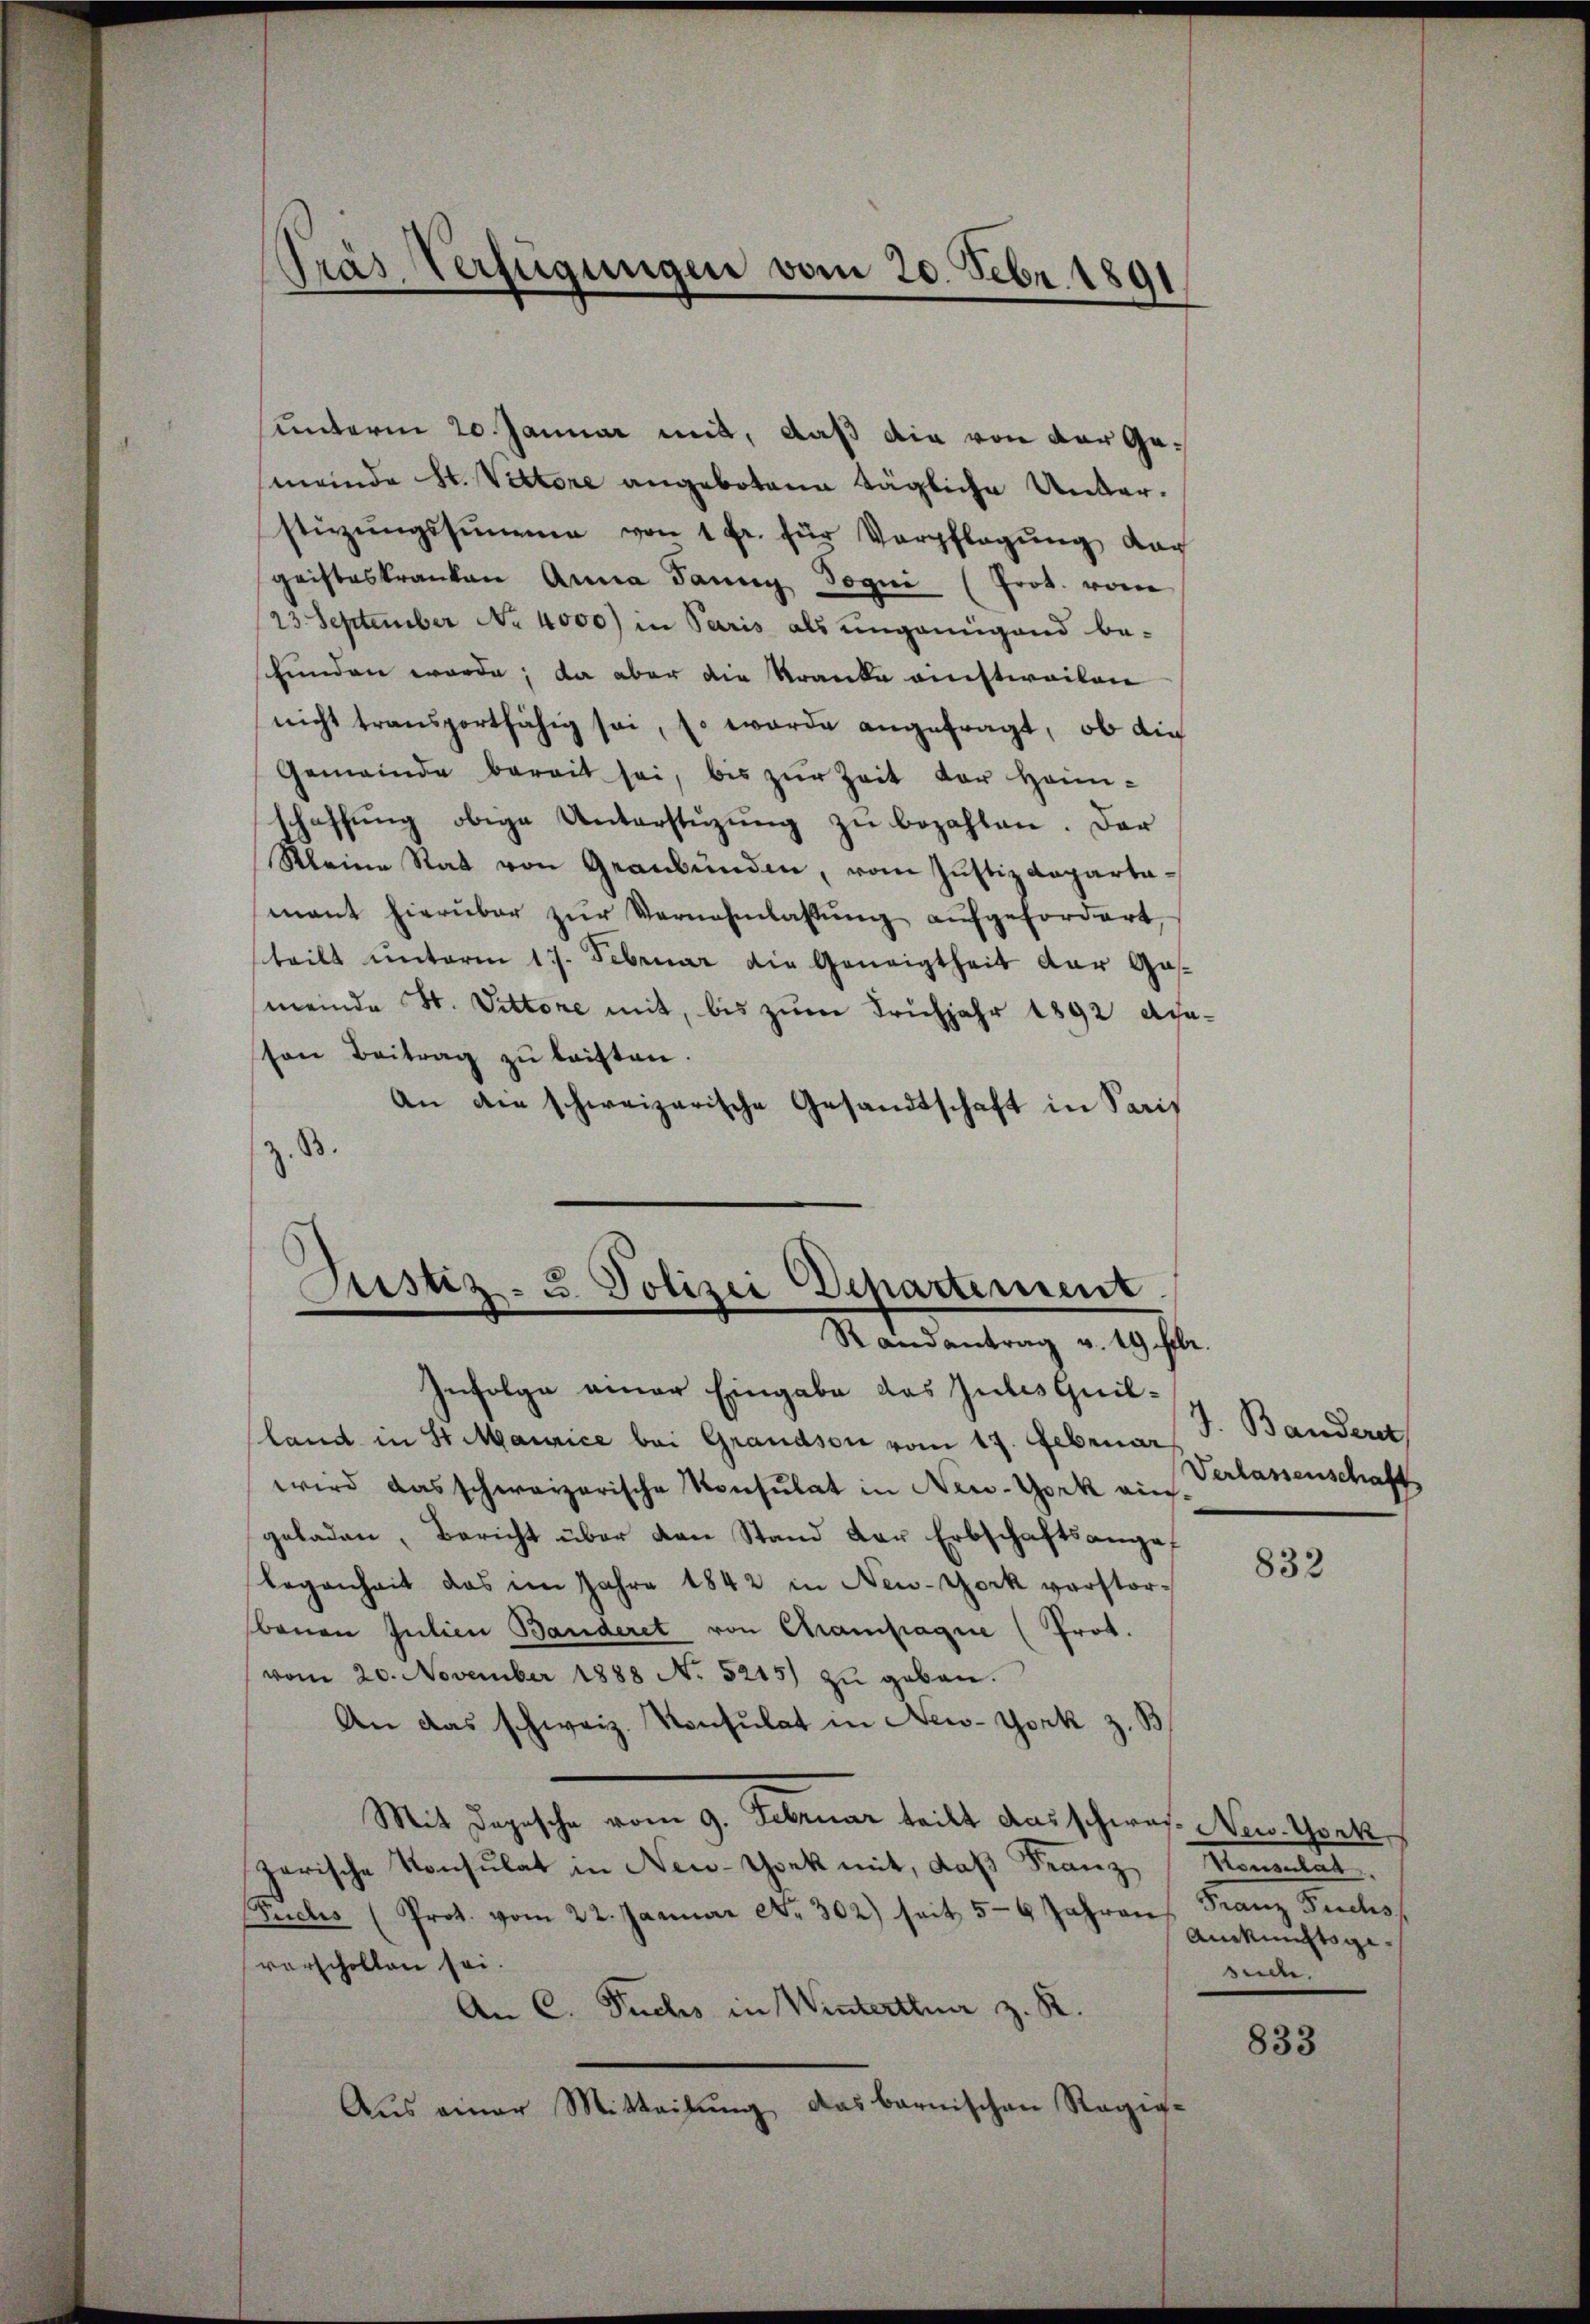
Pras Verfügungen vom 20. Febr. 1891

unterm 20. Januar mit, daß die von der Ge¬
(meinde St. Vettere angebotene tägliche Unterstüzŭngssumme von 1 Fr. für Verpflegŭng dar
geisteskranken Anna dann Jogni (Prot. vom
23. September No. 4000) in Paris als ungenügend be-
shunden werde; da aber die Kranke anstweilen
nicht transportfähig sei, so wurde angefragt, ob die
Gemeinde bereit sei, bis zŭr Zeit der Heim-
schaffung obige Unterstüzung zu bezahlen. Der
Kleine Rat von Graubünden, vom Justiz Rapartamant hierüber zŭr Vernehmlassŭng aŭfgefordert,
teilt unterm 17. Februar die Geneigtheit der Gasmeinde St. Vittore mit, bis zum Frühjahr 1892 Acaton Beitrag zu leisten.
An die schweizerische Gesandtschaft in Paris
z. B.
Justiz- u. Polizei Departement.
Randantrag v. 19 Febr.
Infolge einer Eingabe das Gutes Quilland in St. Maurice bei Grandson vom 17. Februar J. Bandere
wird das schweizerische Konsulat in New-York ein Verlassenschaft
geladen, Bericht über von Stand der Erbschaftsangef
Legenheit das im Jahre 1842 in New-York verstorbenen Julien Banderet von Champagnie (Prot.
vom 20. November 1888 N. 5215) zŭ geben.
An das schweiz. Konsulat in New-York z. B
Mit Dagesche vom 9. Februar teilt das scheres. Nov. Grat
Zarische Konsulat in New-York mit, daß Franz Konsulat,
Fuchs (Prot. vom 22. Januar Nr. 302) seit 56 Jahren Franz Fuchs
vorschollen sei.
An C. Fuchs in Winterthur z. R.
Aŭs einer Mitteilŭng das barnischen Ragig-

832

Ainkunftsgesuche.

833